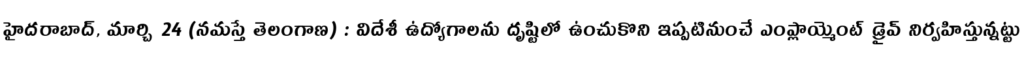
హైదరాబాద్, మార్చి 24 (నమస్తే తెలంగాణ) : విదేశీ ఉద్యోగాలను దృష్టిలో ఉంచుకొని ఇప్పటినుంచే ఎంప్లాయ్మెంట్ డ్రైవ్ నిర్వహిస్తున్నట్టు